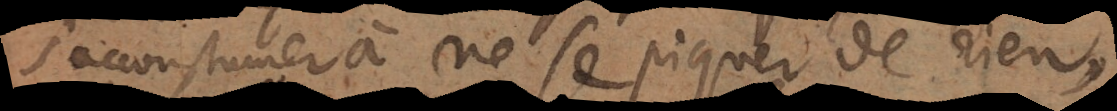
s’accoustumer à ne se piquer de rien,